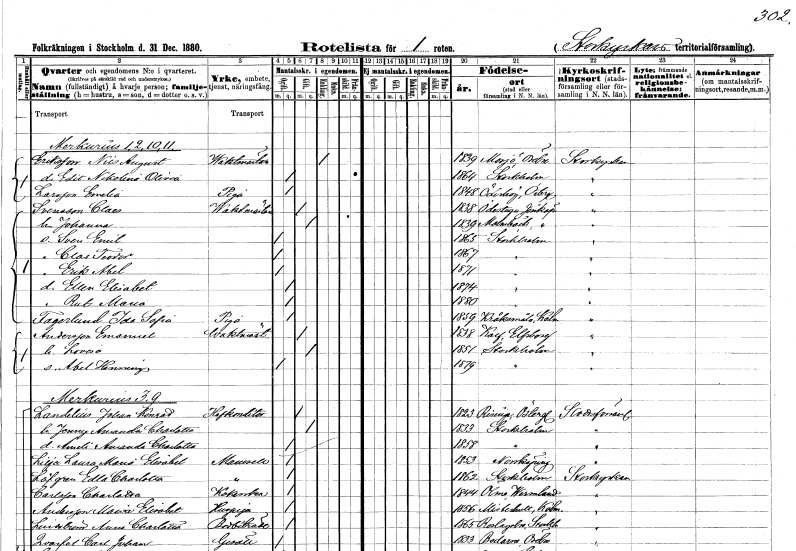
gt_parse: households: individuals: FN: Nils August
EN: Eriksson
YRKE: Vaktmästare
KON: M
CIV: E
FODAR: 1839
FODFORS: Mosjö Örebro län
FN: Edit Nikolina Olivia
KON: K
CIV: O
FODAR: 1864
FODFORS: Stockholm
FN: Emelia
EN: Larsson
YRKE: Piga
KON: K
CIV: O
FODAR: 1848
FODFORS: Ödeshög Östergötlands län
FN: Claes
EN: Svensson
YRKE: Vaktmästare
KON: M
CIV: G
FODAR: 1838
FODFORS: Ödestugu Jönköpings län
FN: Johanna
KON: K
CIV: G
FODAR: 1839
FODFORS: Malmbäck Jönköpings län
FN: Sven Emil
KON: M
CIV: O
FODAR: 1865
FODFORS: Stockholm
FN: Clas Teodor
KON: M
CIV: O
FODAR: 1867
FODFORS: Stockholm
FN: Erik Abel
KON: M
CIV: O
FODAR: 1871
FODFORS: Stockholm
FN: Ellen Elisabet
KON: K
CIV: O
FODAR: 1874
FODFORS: Stockholm
FN: Rut Maria
KON: K
CIV: O
FODAR: 1880
FODFORS: Stockholm
FN: Ida Sofia
EN: Fagerlund
YRKE: Piga
KON: K
CIV: O
FODAR: 1859
FODFORS: Kråksmåla Kalmar län
FN: Emanuel
EN: Andersson
YRKE: Vaktmästare
KON: M
CIV: G
FODAR: 1838
FODFORS: Kalv Älvsborgs län
FN: Lovisa
KON: K
CIV: G
FODAR: 1851
FODFORS: Stockholm
FN: Abel Henning
KON: M
CIV: O
FODAR: 1879
FODFORS: Stockholm
FN: Johan Konrad
EN: Landelius
YRKE: Hovkonditor
KON: M
CIV: G
FODAR: 1823
FODFORS: Risinge Östergötlands län
FN: Jenny Amanda Charlotta
KON: K
CIV: G
FODAR: 1833
FODFORS: Stockholm
FN: Ameli Amanda Charlotta
KON: K
CIV: O
FODAR: 1858
FODFORS: Stockholm
FN: Laura Maria Elisabet
EN: Lilja
KON: K
CIV: O
FODAR: 1853
FODFORS: Norrköping Östergötlands län
FN: Edla Charlotta
EN: Löfgren
KON: K
CIV: O
FODAR: 1862
FODFORS: Stockholm
FN: Charlotta
EN: Carlsson
YRKE: Kokerska
KON: K
CIV: O
FODAR: 1844
FODFORS: Ölme Värmlands län
FN: Maria Elisabet
EN: Andersson
YRKE: Huspiga
KON: K
CIV: O
FODAR: 1856
FODFORS: Misterhult Kalmar län